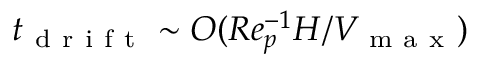
t _ { \mathrm { ~ d ~ r ~ i ~ f ~ t ~ } } \sim O ( R e _ { p } ^ { - 1 } H / V _ { \mathrm { ~ m ~ a ~ x ~ } } )